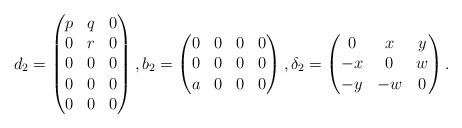
LaTeX: \begin{align*}d_2=\begin{pmatrix}p&q&0\\0&r&0\\0&0&0\\0&0&0\\0&0&0\end{pmatrix}, b_2=\begin{pmatrix}0&0&0&0\\0&0&0&0\\a&0&0&0\end{pmatrix},\delta_2=\begin{pmatrix}0&x&y\\-x&0&w\\-y&-w&0\end{pmatrix}.\end{align*}